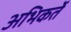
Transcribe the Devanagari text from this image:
अभिकर्ते